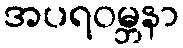
အပရဝမ္ဘနာ